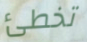
تخطئ